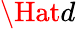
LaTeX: \Hat{d}